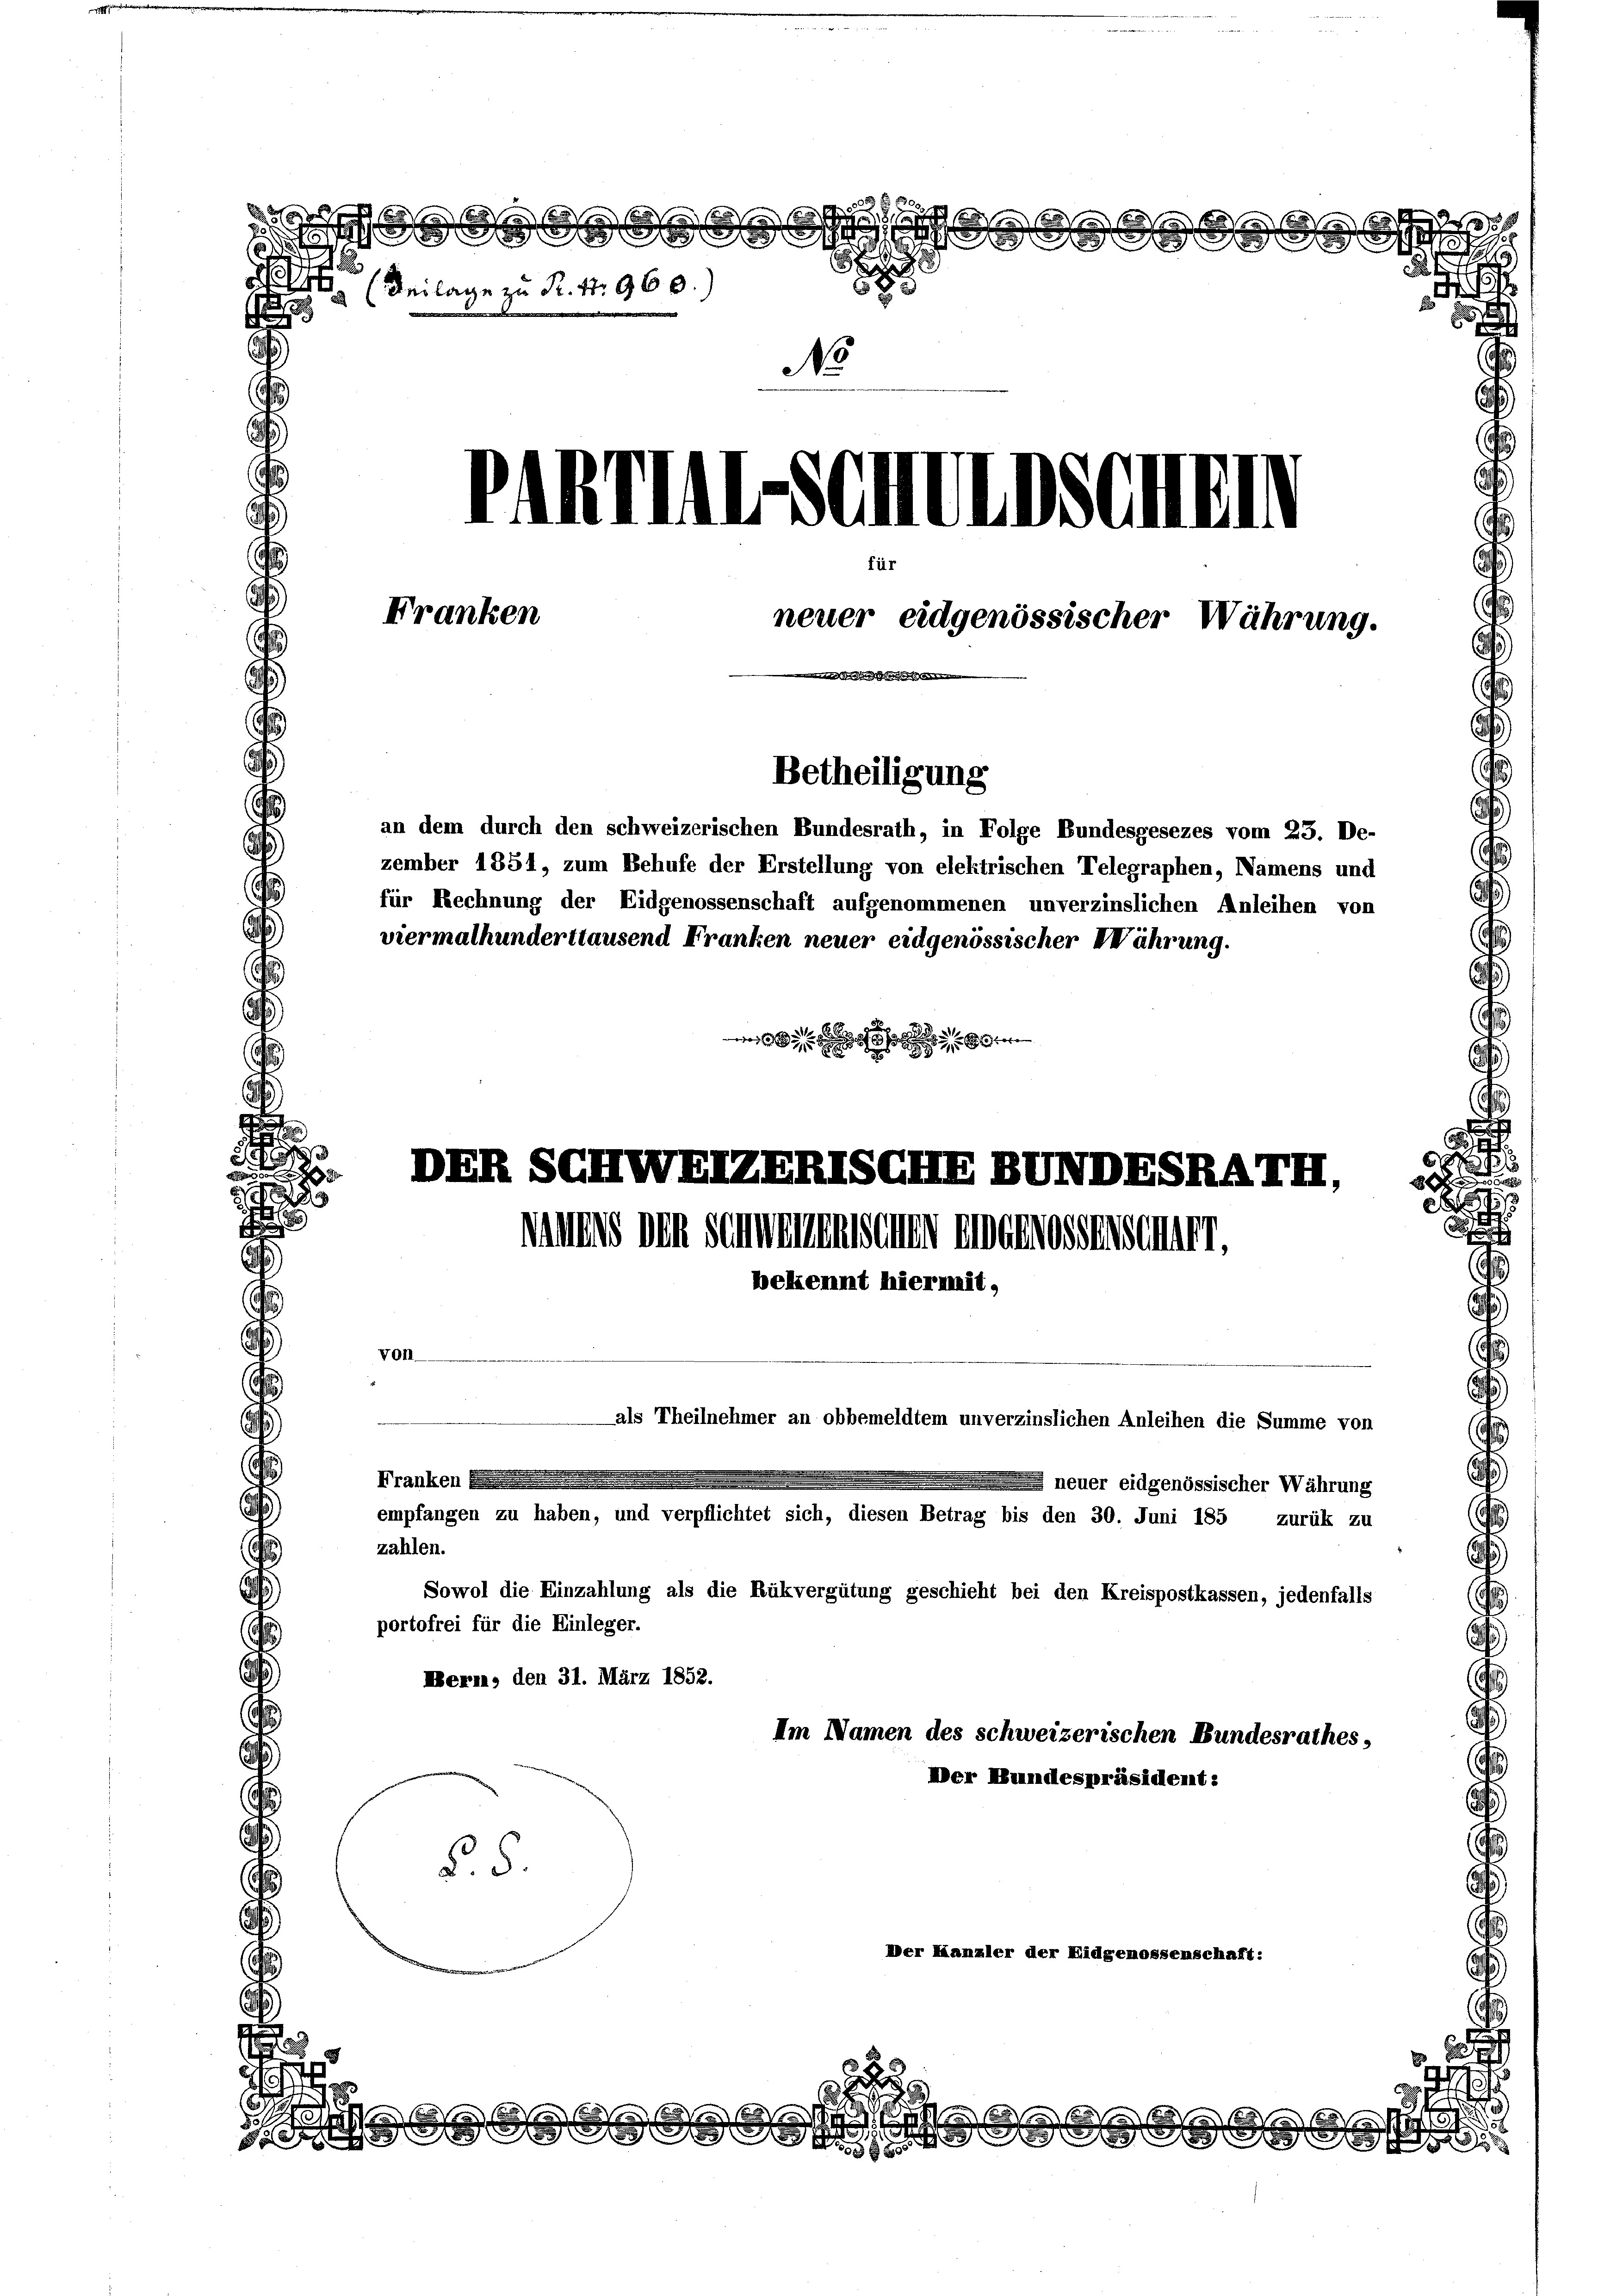
1

a. An das

S
2
5
  Beilage zu Fr. S. 960.)
laden der Deine alia
Franken
neuer eidgenössischer Währung.
te Streiten schen
Betheiligung

.
d
1
|

DER SCHWEIZERLSCHE BUNDESRAII,
muns den Schnenmessenen eine grossen seiner,

viermalhunderttausend Franken neuer eidgenössischer Währung.

No

2
.
Se und das

da er er gegen folge gege
2
8

2

1
.

an dem durch den schweizerischen Bundesrath, in Folge Bundesgesezes vom 25. De-
zember 1851, zum Behufe der Erstellung von elektrischen Telegraphen, Namens und
für Rechnung der Eidgenossenschaft aufgenommenen unverzinslichen Anleihen von

bekennt hiermit,
Von
-als Theilnehmer an obbemeldtem unverzinslichen Anleihen die Summe von
Franken
 neuer eidgenössischer Währung
empfangen zu haben, und verpflichtet sich, diesen Betrag bis den 30. Juni 185 zurük zu
zahlen.
Sowol die Einzahlung als die Rükvergütung geschieht bei den Kreispostkassen, jedenfalls
portofrei für die Einleger.
Mern, den 31. März 1852.
Im Namen des schweizerischen Bundesrathes,
Der Bundespräsident:
§. 5.
Der Kanzler der Eidgenossenschaft:
.

.